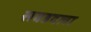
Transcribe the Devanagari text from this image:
सवडदला